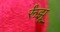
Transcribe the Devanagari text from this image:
र्रूंझू